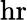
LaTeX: \mathrm{hr}